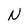
Character: N